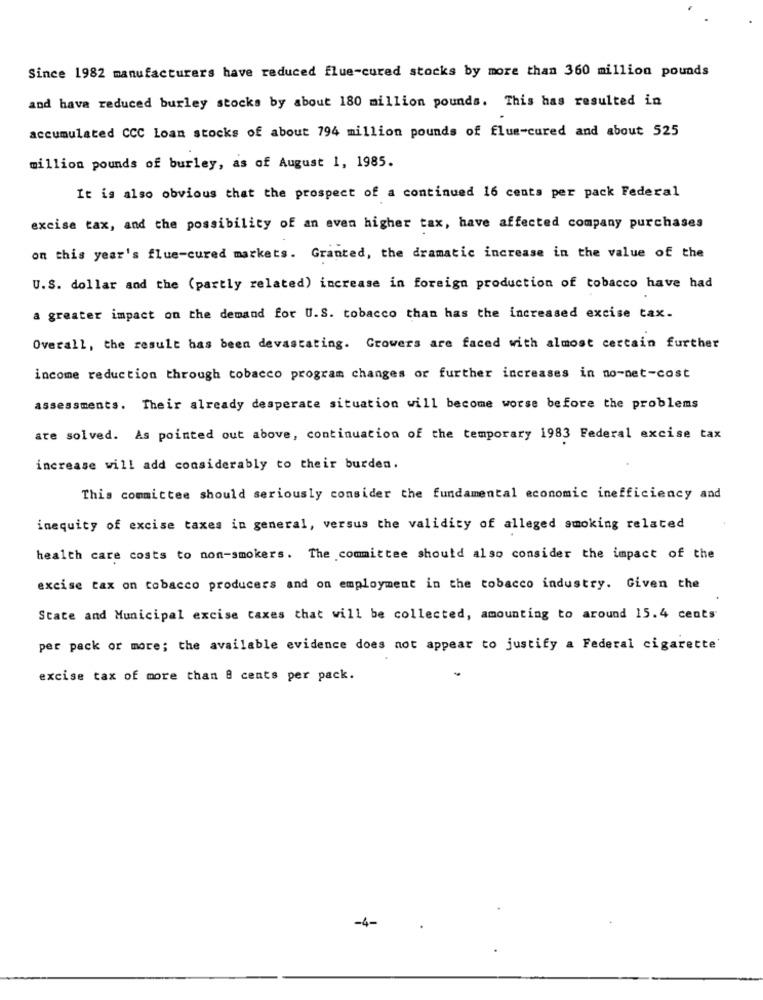
Since 1982 manufacturers have reduced flue-cured stocks by more than 360 million pounds
and hava reduced burley stocks by about 180 million pounds. This has resulted in
accumulated CCC Loan stocks of about 794 million pounds of flue-cured and about 525
million pounds of burley, as of August 1, 1985.
It is also obvious that the prospect of a continued 16 cents per pack Federal
excise tax, and the possibility of an even higher tax, have affected company purchases
on this year's flue-cured markets. Granted, the dramatic increase in the value of the
U.S. dollar and the (partly related) increase in foreign production of tobacco have had
a greater impact on the demand for U.S. tobacco than has the increased excise tax.
Overall, the result has been devastating. Growers are faced with almost certain further
income reduction through tobacco program changes or further increases in no-net-cost
assessments. Their already desperate situation will become worse before the problems
are solved. As pointed out above, continuation of the temporary 1983 Federal excise tax
increase will add considerably to their burden.
This committee should seriously consider the fundamental economic inefficiency and
inequity of excise taxes in general, versus the validity of alleged smoking related
health care costs to non-smokers. The committee should also consider the impact of the
excise tax on tobacco producers and on employment in the tobacco industry. Given the
State and Municipal excise taxes that will be collected, amounting to around 15.4 cents
per pack or more; the available evidence does not appear to justify a Federal cigarette'
excise tax of more than 8 cents per pack.
-4-